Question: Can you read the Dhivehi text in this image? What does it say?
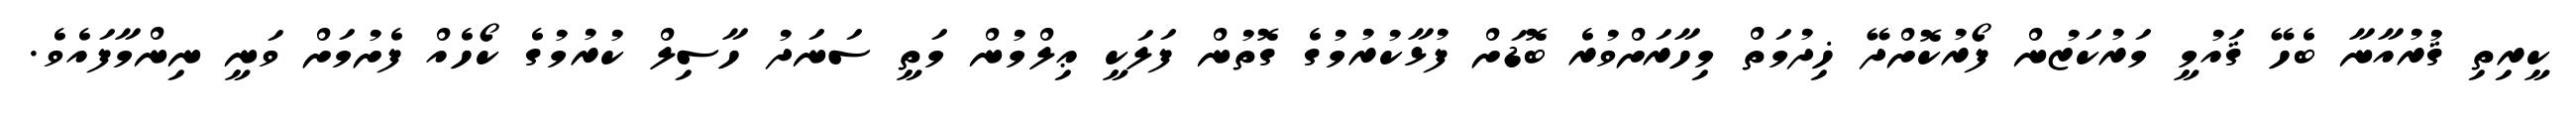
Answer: ކީރިތި ޤުރުއާނާ ބެހޭ ޤައުމީ މަރުކަޒުން ފޯރުކޮށްދޭ ޚިދުމަތް މިހާރަށްވުރެ ބޮޑަށް ފުޅާކުރުމުގެ ގޮތުން ފަލަކީ ޢިލްމުން މަތީ ސަނަދު ހާސިލް ކުރުމުގެ ކޯހެއް ފެށުމަށް ވަނީ ނިންމާފައެވެ.